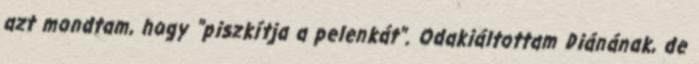
azt mondtam, hogy "piszkítja a pelenkát". Odakiáltottam Diánának, de